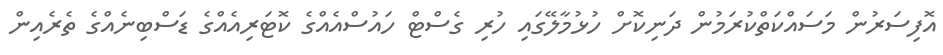
އޮފިސަރުން މަސައްކަތްކުރަމުން ދަނިކޮށް ހުޅުމާލޭގައި ހުރި ގެސްޓް ހައުސްއެއްގެ ކޮޓަރިއެއްގެ ޑަސްބިނެއްގެ ތެރެއިން